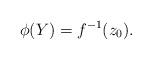
LaTeX: \begin{align*}\phi (Y)=f^{-1} (z_0).\end{align*}